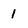
Character: 1